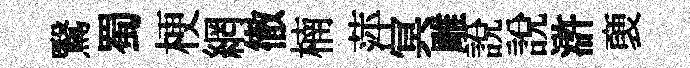
鷖蜀梗網徹楠萍冥雕説説滸褏